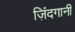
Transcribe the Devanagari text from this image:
ज़िंदगानी